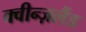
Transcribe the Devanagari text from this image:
क्वीन्ज़लैंड